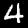
Label: 4